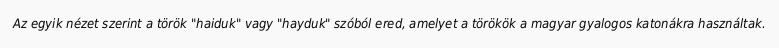
Az egyik nézet szerint a török "haiduk" vagy "hayduk" szóból ered, amelyet a törökök a magyar gyalogos katonákra használtak.